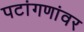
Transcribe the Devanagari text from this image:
पटांगणांवर